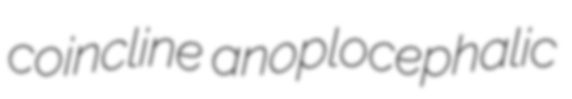
coincline anoplocephalic